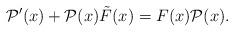
LaTeX: \begin{align*} \mathcal P'(x) + \mathcal P(x) \tilde F(x) = F(x) \mathcal P(x).\end{align*}